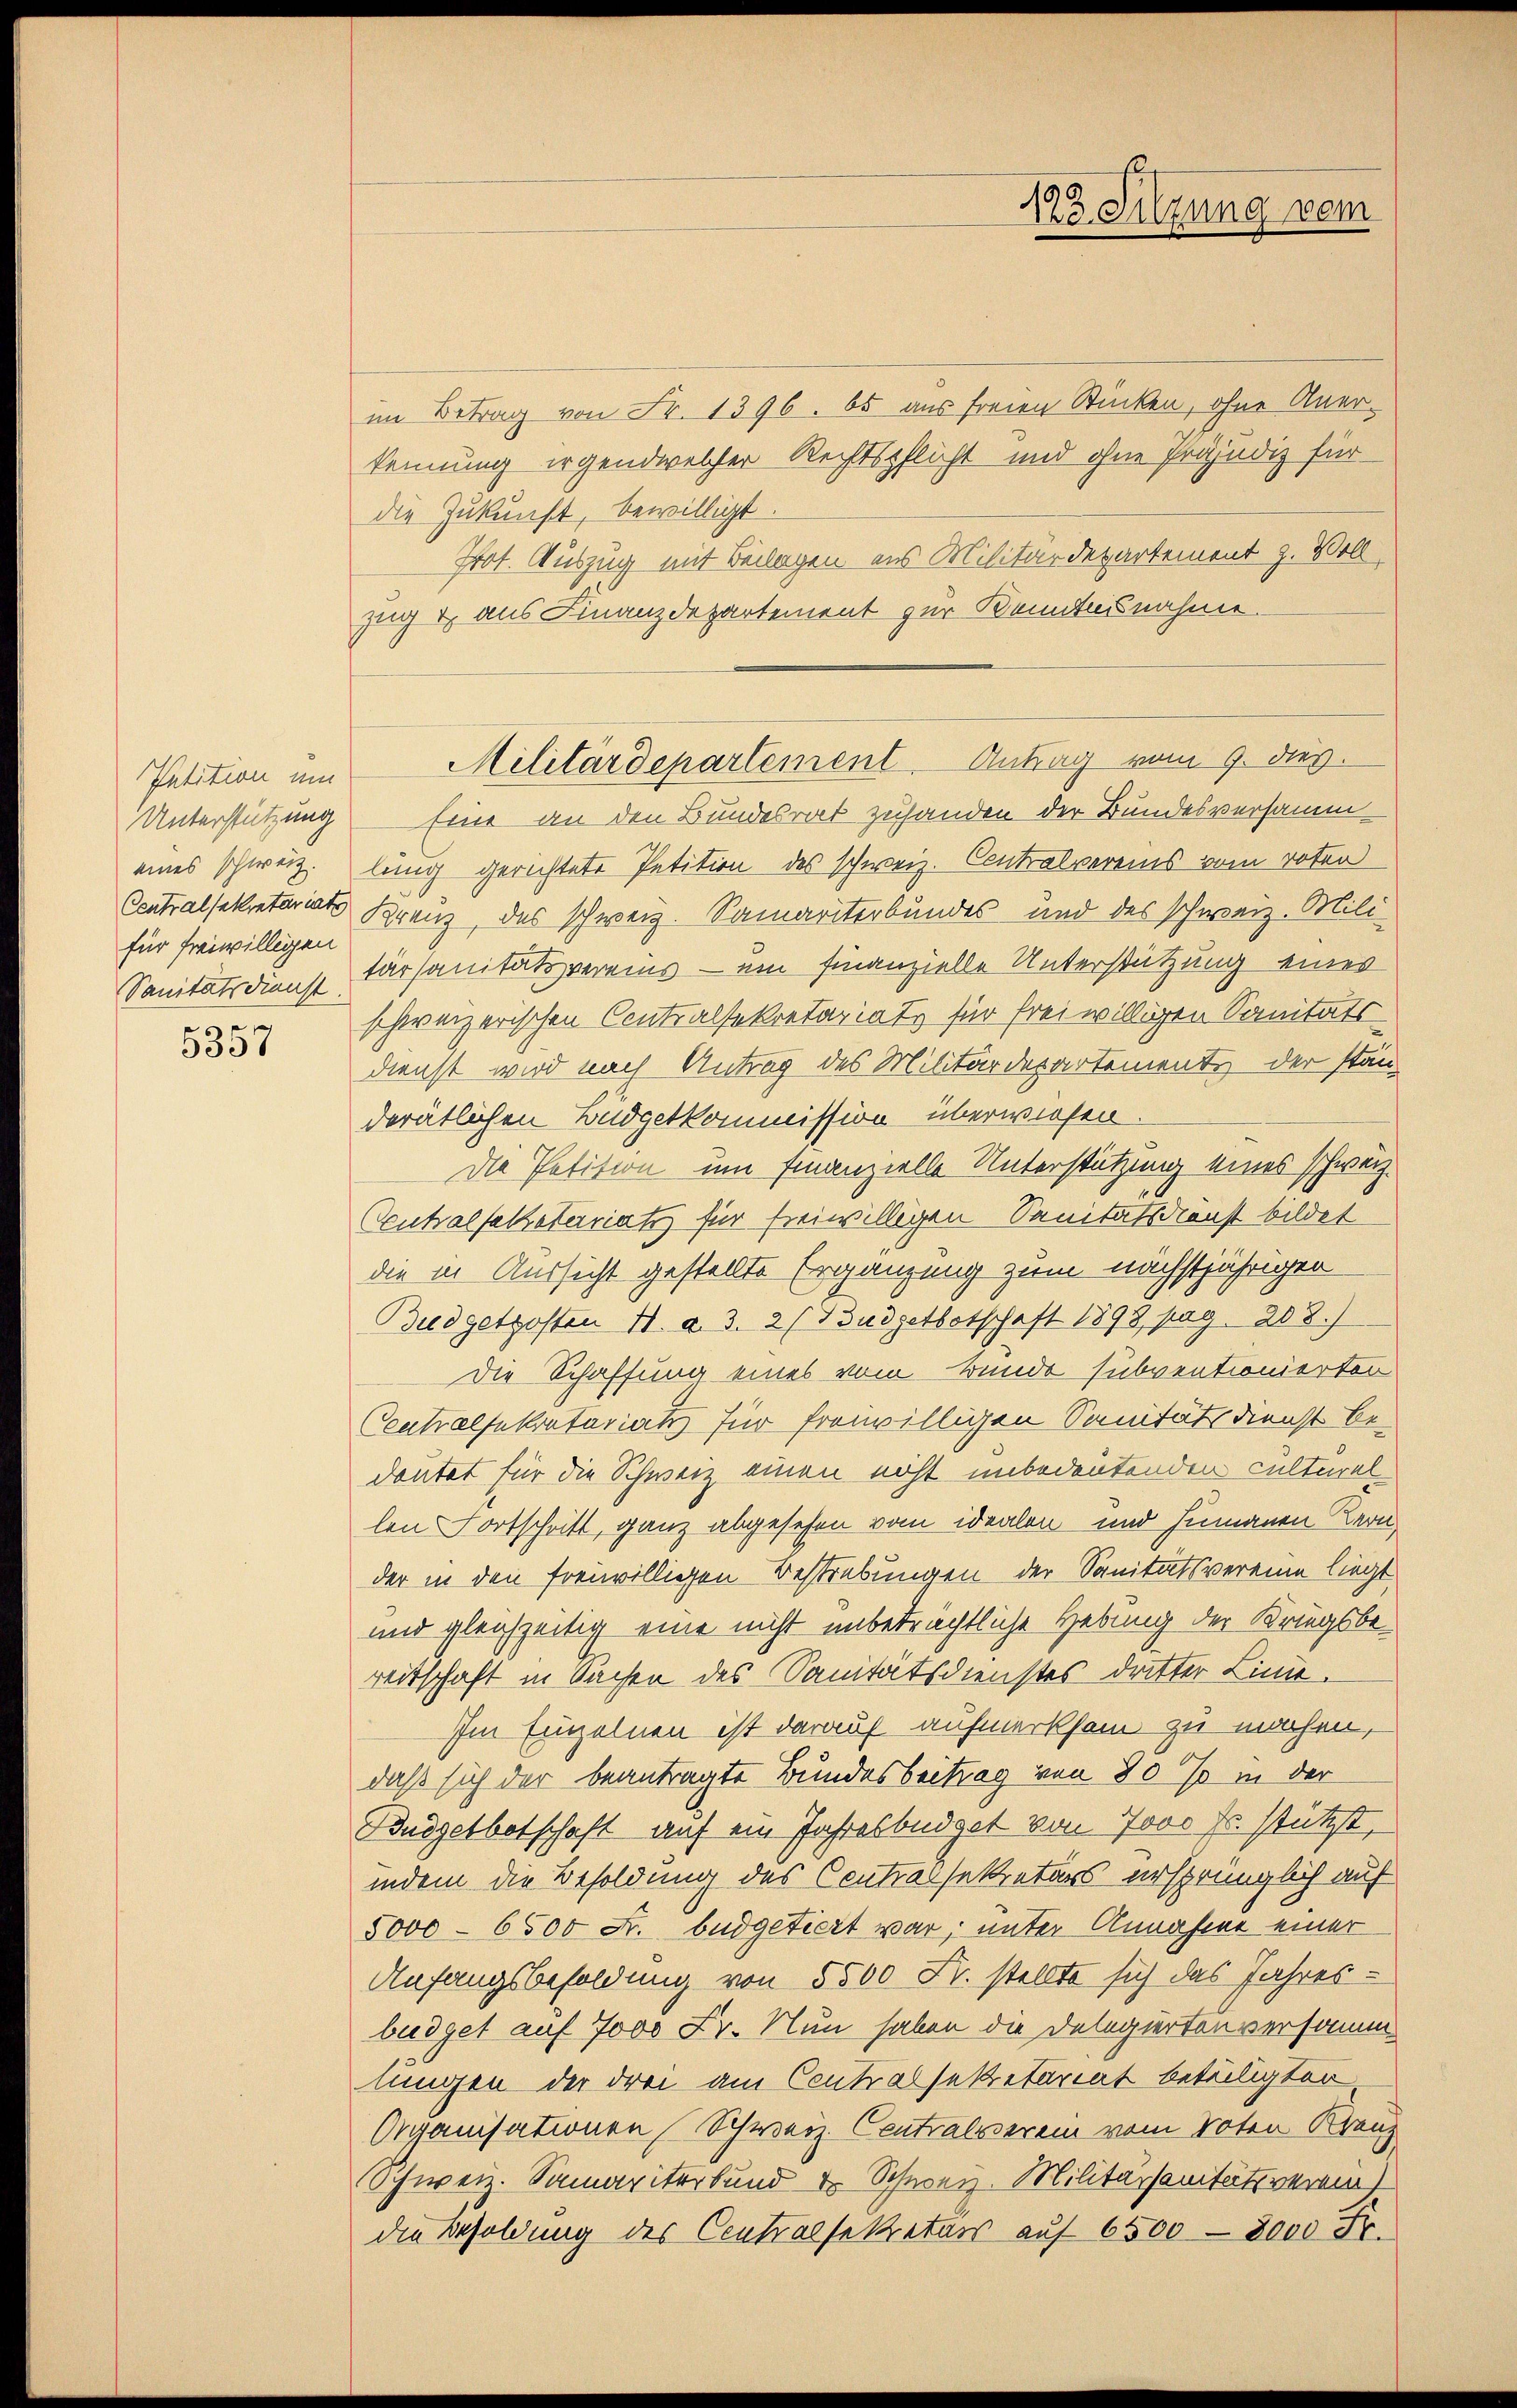
Iatition um
Unterstützung
für freiwilligen

5357

im Betrag von Fr. 1396. bs aus freien Stücken, ohne Anerkennung irgendwelcher Rechtspflicht und ohne Präjudiz für
die Zukunft, bewilligt.
Prot. Auszug mit Beilagen aus Militärdepartement z. Woll
zug & aus Finanzdepartement zur Kenntnisnahme.
Eine an den Bundesrat zuhanden der Bundesversamm
eines schweiz. lung gerichtete Petition des schweiz. Contralvereins vom roten
Contralsekretariats Kreuz, das schweiz. Samariterbundes und des schweiz. Mili-
Sanitätsdienst Carsanitätsvereins - ein Finanzielle Unterstützung eines
schweizerischen Contralsekretariats für freiwilligen Sanitäts-
dienst wird nach Antrag des Militärdepartemente der stan-
derätlichen Budgetkommission überwiesen
Die Petition um Finanzielle Unterstützung eines schweiz
Centralsaletariatis für freiwilligen Sanitätsdienst bildet
die in Aussicht gestellte Ergänzung zum nächstjährigen
Budgetposten H. d. 3. 21 Budgetbotschaft 1893, pag. 208.)
die Schaffung eines vom Bunde subventionierten
Centralsekretariats für freiwilligen Sanitätsdienst be-
deutet für die Schweiz einen nicht unbedeutenden culteral
len Fortschritt, ganz abgesehen vom idealen und humanen Kern,
der in den freiwilligen Bestrebungen der Sanitätsvereine liegt,
und gleichzeitig eine nicht unbeträchtliche Hebung der Kriegsbereitschaft in Sachen des Sanitätsdienstes dritter Linie.
Im Einzelnen ist darauf aufmerksam zu machen,
daß sich der beantragte Bundesbeitrag von 80 % in der
Budgetbotschaft auf ein Jahresbüdget von 7000 Fr. stützt,
indem die Besoldung des Contralsekretärs ursprünglich auf
5000 - 6500 Fr. büdgetiert war; unter Annahme einer
Anfangsbesoldung von 5500 Fr. stellte sich das Jahres-
büdget auf 7000 Fr. Nun haben die Delegierten versammlungen der drei am Contralsekretariat beteiligten
Organisationen Schweiz. Contralverein vom Voten Kranz
Schweiz. Samariterbund & Schweiz. Militarsanitätsverein
die Besoldung des Centralsekretärs auf 6500 — 8000 Fr.

123. Sitzung vom

Militärdepartement Antrag vom 9. dies.